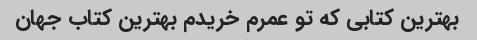
بهترین کتابی که تو عمرم خریدم بهترین کتاب جهان